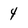
Character: 4